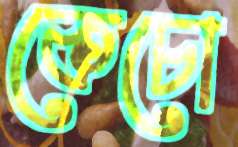
কেচো